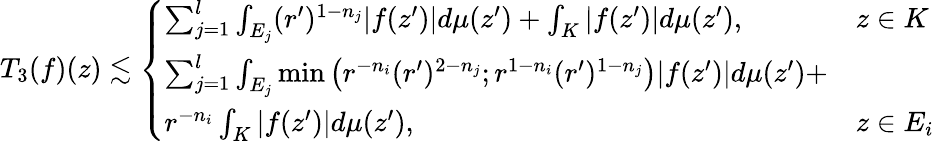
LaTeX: T_{3}(f)(z)\lesssim\left\{ \begin{array}{ll}{\sum_{j=1}^{l}\int_{E_{j}}(r^{\prime})^{1-n_{j}}|f(z^{\prime})|d\mu(z^{\prime})+\int_{K}|f(z^{\prime})|d\mu(z^{\prime}),}&{z\in K}\\ {\sum_{j=1}^{l}\int_{E_{j}}\operatorname*{min}\left(r^{-n_{i}}(r^{\prime})^{2-n_{j}};r^{1-n_{i}}(r^{\prime})^{1-n_{j}}\right)|f(z^{\prime})|d\mu(z^{\prime})+}\\ {r^{-n_{i}}\int_{K}|f(z^{\prime})|d\mu(z^{\prime}),}&{z\in E_{i}}\end{array}\right.